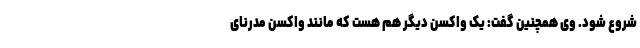
شروع شود. وی همچنین گفت: یک واکسن دیگر هم هست که مانند واکسن مدرنای